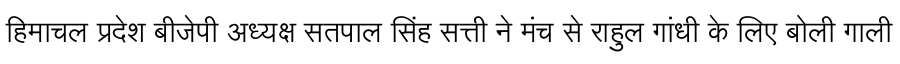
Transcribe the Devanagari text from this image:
हिमाचल प्रदेश बीजेपी अध्यक्ष सतपाल सिंह सत्ती ने मंच से राहुल गांधी के लिए बोली गाली